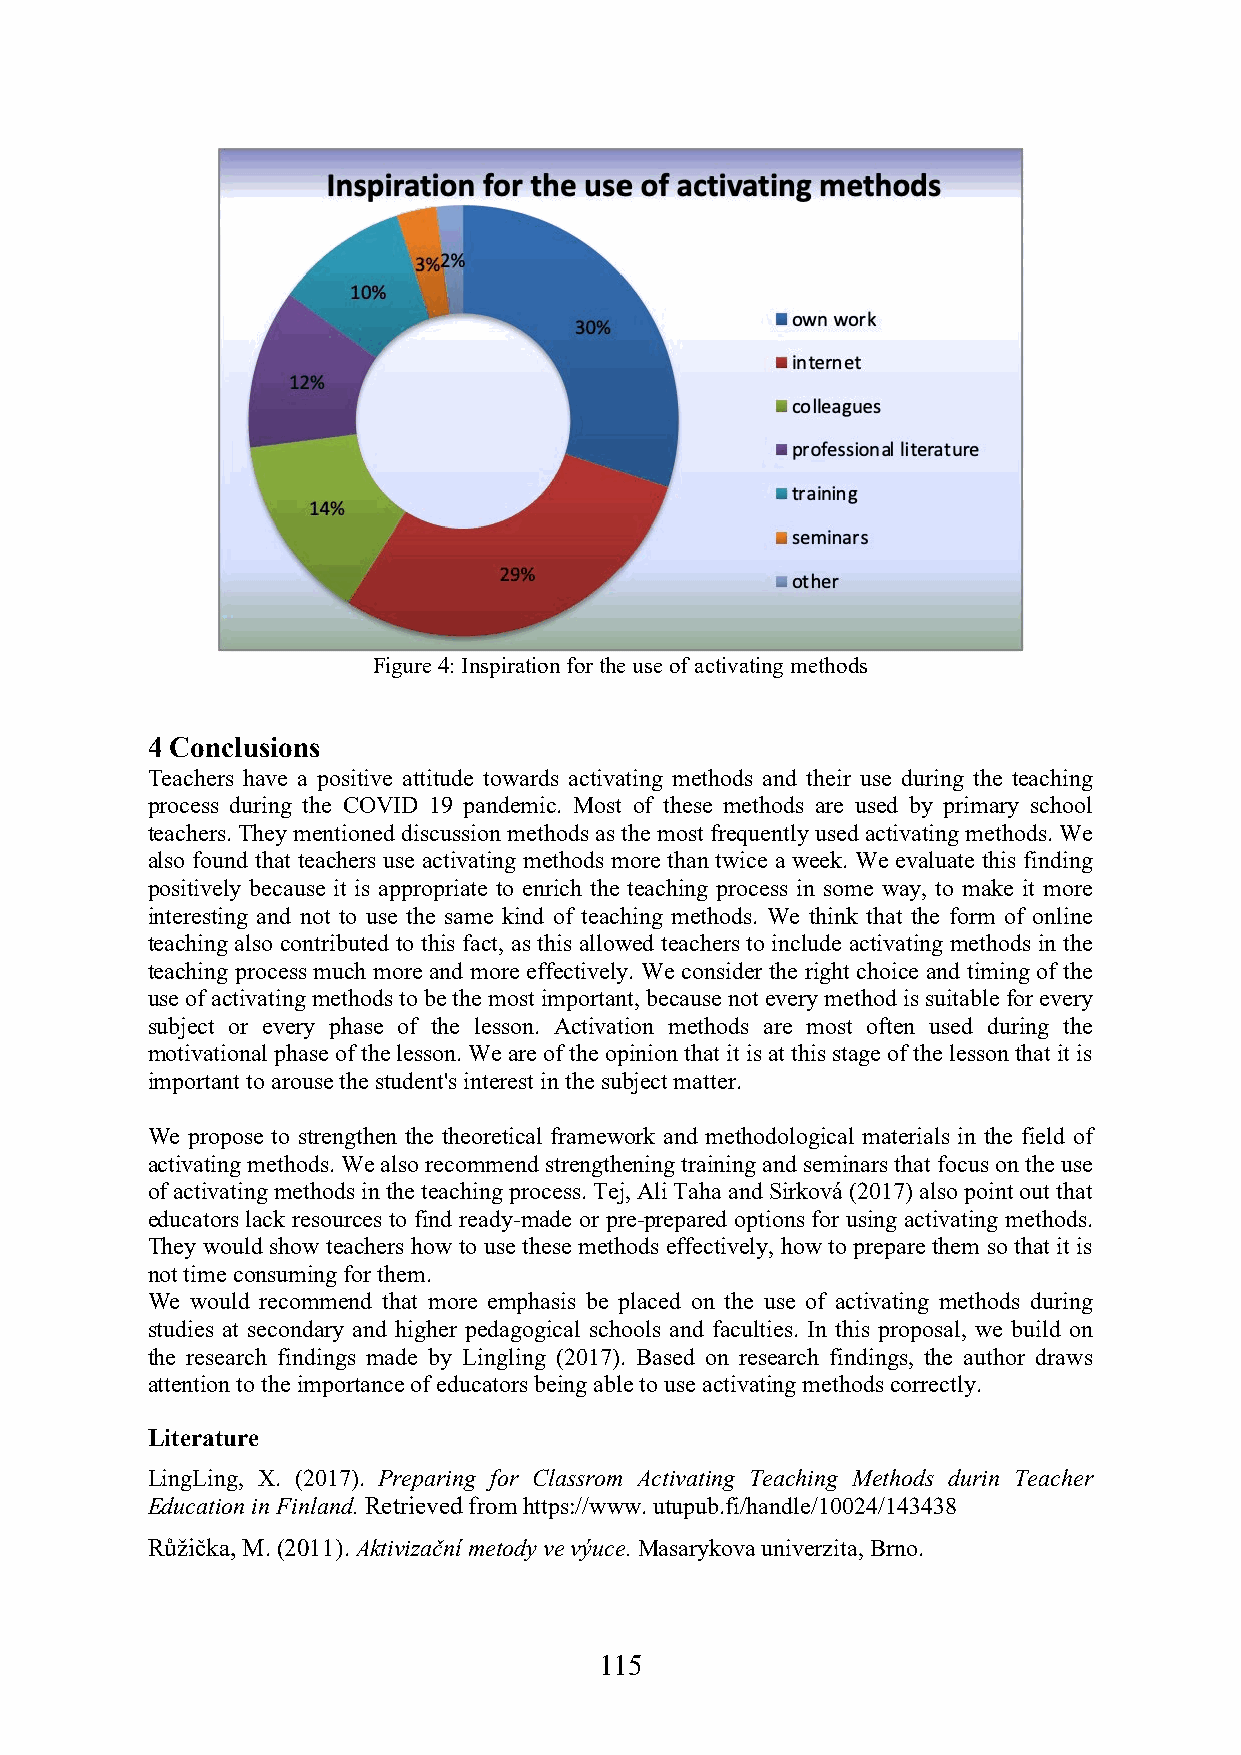
Figure 4: Inspiration for the use of activating methods
 4 Conclusions
 Teachers have a positive attitude towards activating methods and their use during the teaching
 process during the COVID 19 pandemic. Most of these methods are used by primary school
 teachers. They mentioned discussion methods as the most frequently used activating methods. We
 also found that teachers use activating methods more than twice a week. We evaluate this finding
 positively because it is appropriate to enrich the teaching process in some way, to make it more
 interesting and not to use the same kind of teaching methods. We think that the form of online
 teaching also contributed to this fact, as this allowed teachers to include activating methods in the
 teaching process much more and more effectively. We consider the right choice and timing of the
 use of activating methods to be the most important, because not every method is suitable for every
 subject or every phase of the lesson. Activation methods are most often used during the
 motivational phase of the lesson. We are of the opinion that it is at this stage of the lesson that it is
 important to arouse the student's interest in the subject matter.
 We propose to strengthen the theoretical framework and methodological materials in the field of
 activating methods. We also recommend strengthening training and seminars that focus on the use
 of activating methods in the teaching process. Tej, Ali Taha and Sirková (2017) also point out that
 educators lack resources to find ready-made or pre-prepared options for using activating methods.
 They would show teachers how to use these methods effectively, how to prepare them so that it is
 not time consuming for them.
 We would recommend that more emphasis be placed on the use of activating methods during
 studies at secondary and higher pedagogical schools and faculties. In this proposal, we build on
 the research findings made by Lingling (2017). Based on research findings, the author draws
 attention to the importance of educators being able to use activating methods correctly.
 Literature
 LingLing, X. (2017). Preparing for Classrom Activating Teaching Methods durin Teacher
 Education in Finland. Retrieved from https://www. utupub.fi/handle/10024/143438
 Růžička, M. (2011). Aktivizační metody ve výuce. Masarykova univerzita, Brno.
 115